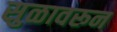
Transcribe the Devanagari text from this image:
सुळावरून